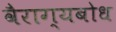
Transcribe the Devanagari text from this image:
वैराग्यबोध